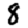
Digit: 8